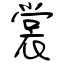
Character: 裳